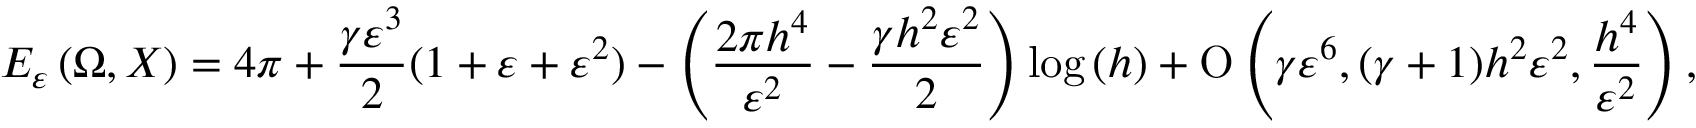
E _ { \varepsilon } \left( \Omega , X \right) = 4 \pi + \frac { \gamma \varepsilon ^ { 3 } } { 2 } ( 1 + \varepsilon + \varepsilon ^ { 2 } ) - \left( \frac { 2 \pi h ^ { 4 } } { \varepsilon ^ { 2 } } - \frac { \gamma h ^ { 2 } \varepsilon ^ { 2 } } { 2 } \right) \log { ( h ) } + \ensuremath { \operatorname { O } \left( \gamma \varepsilon ^ { 6 } , ( \gamma + 1 ) h ^ { 2 } \varepsilon ^ { 2 } , \frac { h ^ { 4 } } { \varepsilon ^ { 2 } } \right) } ,